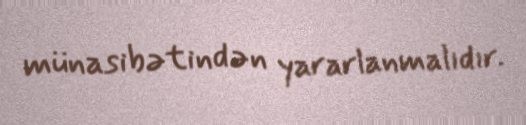
münasibətindən yararlanmalıdır.